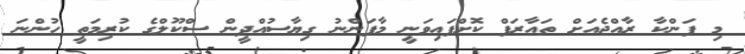
މި ފަންކާ ރާއްޖެއަށް ތައާރަފް ކޮށްފައިވަނީ މާފަންނު ގިޔާސުއްދީން ސްކޫލްގެ ކުރިމަތީ ހުންނަ